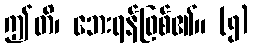
ဤတိ၊ ဘေးရန်ဖြစ်၏။ (၅)